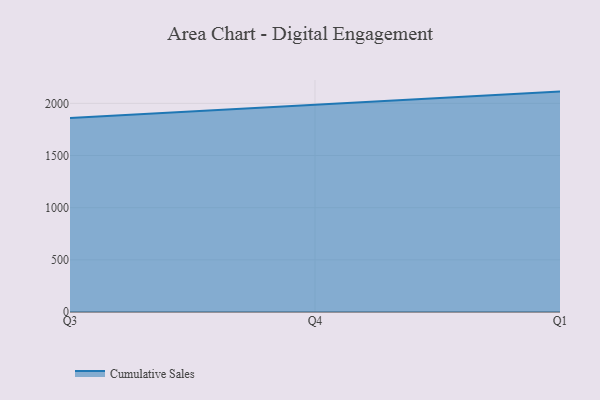
{"axis": {"x": "Quarter", "y": "Waste Production (Tons)"}, "legend": ["Cumulative Sales"], "data": [{"x": "Q3", "y": 1858.2, "type": "Cumulative Sales"}, {"x": "Q4", "y": 1987.3, "type": "Cumulative Sales"}, {"x": "Q1", "y": 2112.4, "type": "Cumulative Sales"}]}